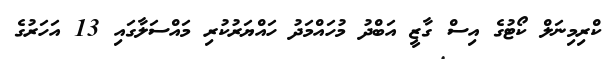
ކްރިމިނަލް ކޯޓުގެ އިސް ގާޒީ އަބްދު މުހައްމަދު ހައްޔަރުކުރި މައްސަލާގައި 13 އަހަރުގެ